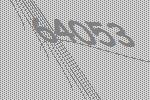
64053